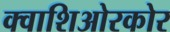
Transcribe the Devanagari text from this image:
क्वाशिओरकोर